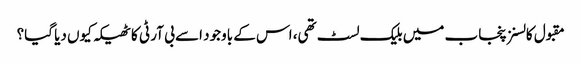
مقبول کالسنز پنجاب میں بلیک لسٹ تھی، اس کے باوجود اسے بی آر ٹی کا ٹھیکہ کیوں دیا گیا؟